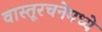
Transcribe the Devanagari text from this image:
वास्तूरचनेमध्ये